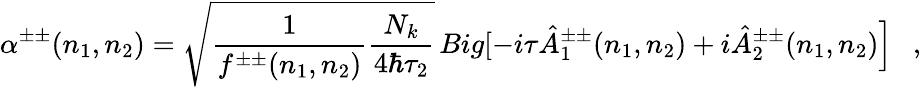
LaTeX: \alpha^{\pm\pm}(n_{1},n_{2})=\sqrt{\frac{1}{f^{\pm\pm}(n_{1},n_{2})}\frac{N_{k}}{4\hbar\tau_{2}}}\, Big[-i\tau\hat{A}_{1}^{\pm\pm}(n_{1},n_{2})+i\hat{A}_{2}^{\pm\pm}(n_{1},n_{2})\Big]\ \ \ ,